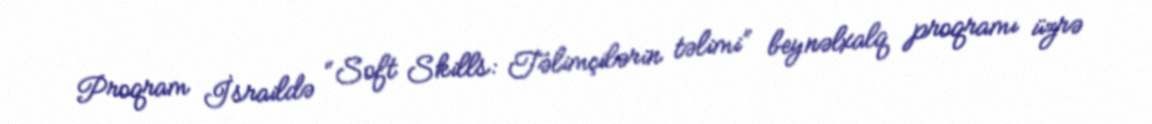
Proqram İsraildə “Soft Skills: Təlimçilərin təlimi” beynəlxalq proqramı üzrə